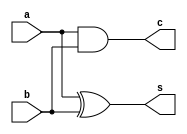


module HalfAdder(input wire a, b,
		 output wire s, c);
	assign s = a ^ b;
	assign c = a & b;						
endmodule

module FullAdder(
			input wire a,
			input wire b,
			input wire cin,
						
			output wire s,
			output wire cout);
					
	wire sha, cha1, cha2;

	HalfAdder ha1(cin,a,sha,cha1);
	HalfAdder ha2(sha,b,s,cha2);

	assign cout = cha1 | cha2;

endmodule

module BitAdder
	#(parameter BUS_WIDTH = 8)
	(
		input wire [BUS_WIDTH-1:0] a,
		input wire [BUS_WIDTH-1:0] b,
		input wire substract,
    		output wire [BUS_WIDTH-1:0] out,
    		output wire carry
    	);
	 
	wire [BUS_WIDTH:0] c;

	assign c[0] = substract;
	assign carry = c[BUS_WIDTH];
	
	generate
	genvar i;
	for(i = 0; i < BUS_WIDTH; i = i + 1) 
		begin : RippleAdder
			FullAdder add(a[i], b[i], c[i], out[i], c[i+1]);
		end
	endgenerate
endmodule